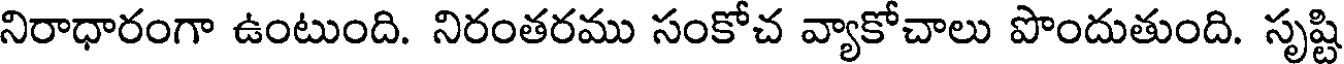
నిరాధారంగా ఉంటుంది. నిరంతరము సంకోచ వ్యాకోచాలు పొందుతుంది. సృష్టి